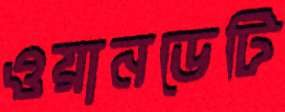
ওয়ানডেটি